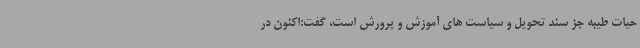
حیات طیبه جز سند تحویل و سیاست های آموزش و پرورش است، گفت:اکنون در